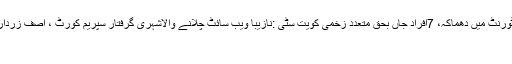
ڈاکٹر شاہد مسعود کا انکشاف لاہور کے علاقہ ڈیفنس میں ریسٹورنٹ میں دھماکہ، 7افراد جاں بحق متعدد زخمی کویت سٹی :نازیبا ویب سائٹ چلانے والاشہری گرفتار سپریم کورٹ ، آصف زرداری اور وزیر اعلیٰ سندھ کو نااہل قرار دینے کی درخواست دائر
دبئی :ڈرون کس طرح دبئی پولیس کی مدد کر رہے ہیں ؟